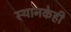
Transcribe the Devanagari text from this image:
स्थानकेही